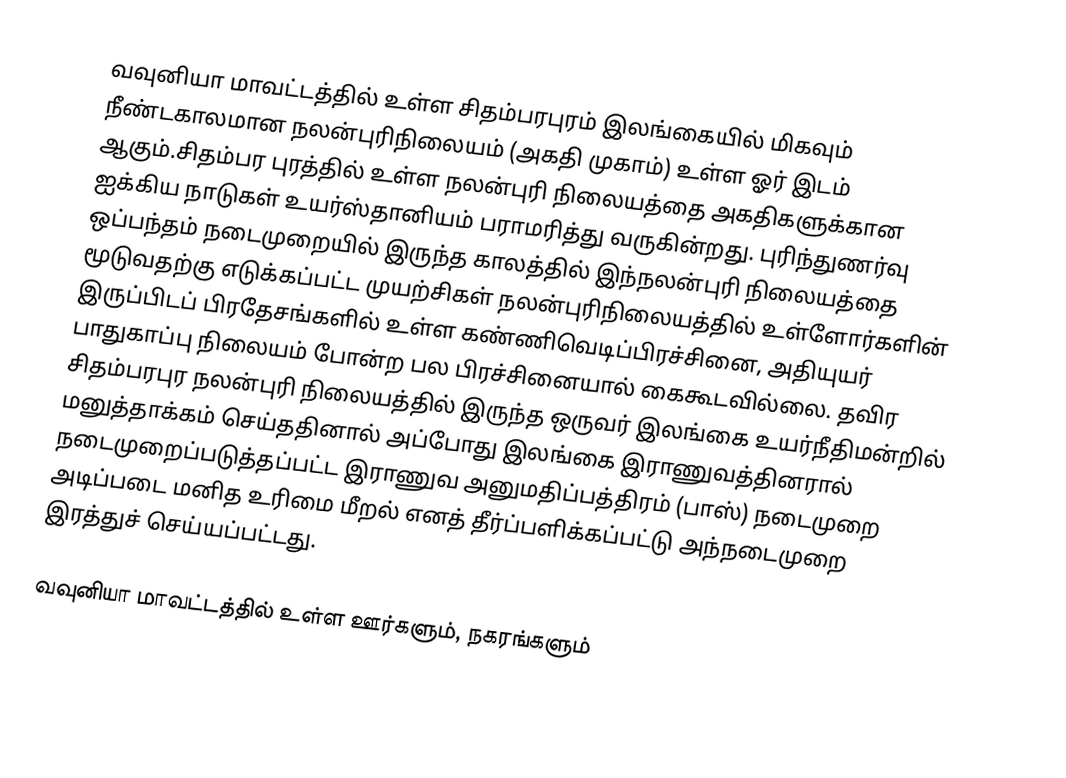
வவுனியா மாவட்டத்தில் உள்ள சிதம்பரபுரம்  இலங்கையில் மிகவும் நீண்டகாலமான நலன்புரிநிலையம் (அகதி முகாம்) உள்ள ஓர் இடம் ஆகும்.சிதம்பர புரத்தில் உள்ள நலன்புரி நிலையத்தை அகதிகளுக்கான ஐக்கிய நாடுகள் உயர்ஸ்தானியம் பராமரித்து வருகின்றது. புரிந்துணர்வு ஒப்பந்தம் நடைமுறையில் இருந்த காலத்தில் இந்நலன்புரி நிலையத்தை மூடுவதற்கு எடுக்கப்பட்ட முயற்சிகள் நலன்புரிநிலையத்தில் உள்ளோர்களின் இருப்பிடப் பிரதேசங்களில் உள்ள கண்ணிவெடிப்பிரச்சினை, அதியுயர் பாதுகாப்பு நிலையம் போன்ற பல பிரச்சினையால் கைகூடவில்லை. தவிர சிதம்பரபுர நலன்புரி நிலையத்தில் இருந்த ஒருவர் இலங்கை உயர்நீதிமன்றில் மனுத்தாக்கம் செய்ததினால் அப்போது இலங்கை இராணுவத்தினரால் நடைமுறைப்படுத்தப்பட்ட இராணுவ அனுமதிப்பத்திரம் (பாஸ்) நடைமுறை அடிப்படை மனித உரிமை மீறல் எனத் தீர்ப்பளிக்கப்பட்டு அந்நடைமுறை இரத்துச் செய்யப்பட்டது.

வவுனியா மாவட்டத்தில் உள்ள ஊர்களும், நகரங்களும்